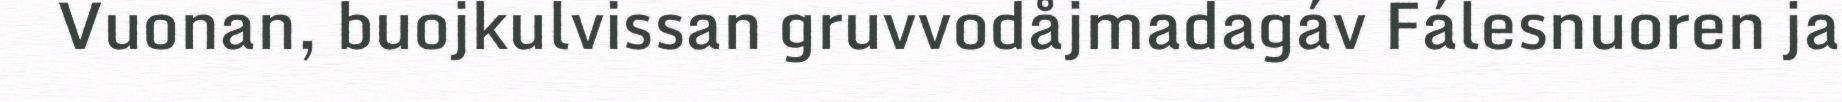
Vuonan, buojkulvissan gruvvodåjmadagáv Fálesnuoren ja